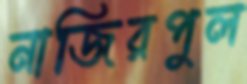
নাজিরপুল